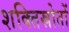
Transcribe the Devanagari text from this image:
शक्तिस्रोतों